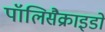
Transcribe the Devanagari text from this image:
पॉलिसैक्राइडो